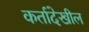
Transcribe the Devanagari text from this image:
कर्तादेखील